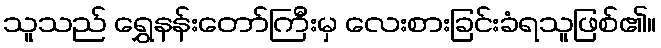
သူသည် ရွှေနန်းတော်ကြီးမှ လေးစားခြင်းခံရသူဖြစ်၏။